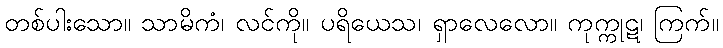
တစ်ပါးသော။ သာမိကံ၊ လင်ကို။ ပရိယေသ၊ ရှာလေလော။ ကုက္ကုဋ၊ ကြက်။